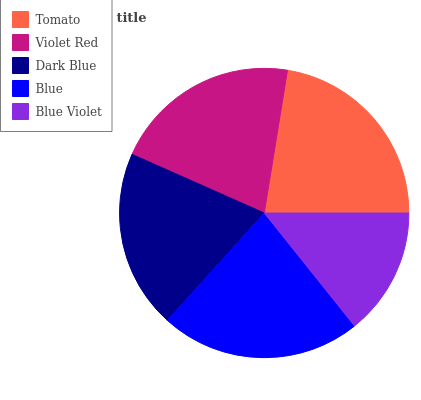
| Tomato | Violet Red | Dark Blue | Blue | Blue Violet |
 | --- | --- | --- | --- | --- |
 | 22.5% | 20.9% | 19.9% | 22.5% | 14.3% |